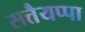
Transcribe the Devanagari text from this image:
सत्तैयप्पा